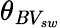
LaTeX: \theta_{\mathit{B}V_{sw}}